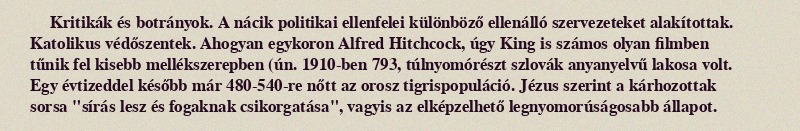
Kritikák és botrányok. A nácik politikai ellenfelei különböző ellenálló szervezeteket alakítottak. Katolikus védőszentek. Ahogyan egykoron Alfred Hitchcock, úgy King is számos olyan filmben tűnik fel kisebb mellékszerepben (ún. 1910-ben 793, túlnyomórészt szlovák anyanyelvű lakosa volt. Egy évtizeddel később már 480-540-re nőtt az orosz tigrispopuláció. Jézus szerint a kárhozottak sorsa "sírás lesz és fogaknak csikorgatása", vagyis az elképzelhető legnyomorúságosabb állapot.